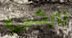
تتركي